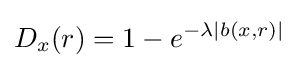
D_{x}(r)=1-e^{-\lambda |b(x,r)|}